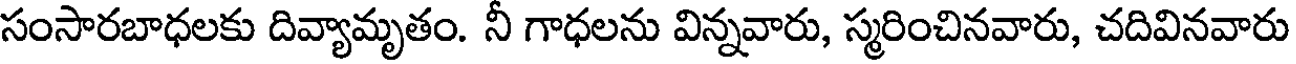
సంసారబాధలకు దివ్యామృతం. నీ గాధలను విన్నవారు, స్మరించినవారు, చదివినవారు